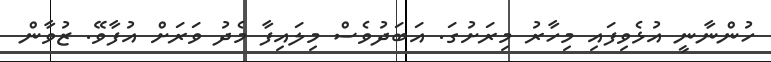
ހުންނާނީ އުޅެވިފައި މިހާރު މިރަށުގަ. އަބަދުވެސް މިލައިފާ މެދު ވަރަށް އުފާވޭ. ޒުވާން